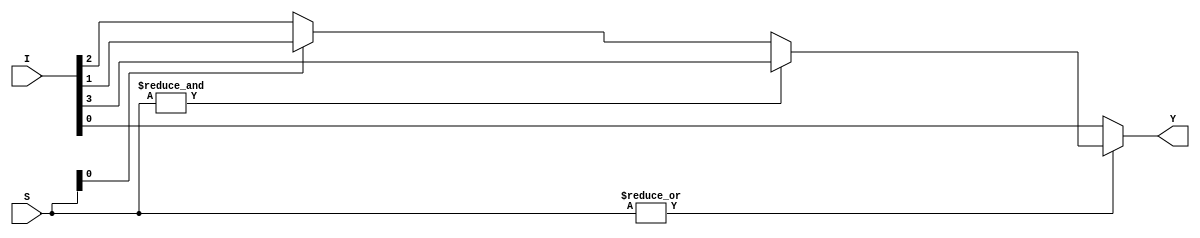
/**************************************************
 P1.1 4:1 MULTIPLEXER DATAFLOW2
 ************************************************/

 module mux_4_1_df(Y,I,S);
 	input [3:0]I;
 	input [1:0]S;
 	output Y;

 assign Y= ~|S?I[0]:(&S?I[3]:(S[0]?I[1]:I[2]));


 endmodule